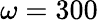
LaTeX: \omega=300